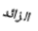
الزائد